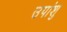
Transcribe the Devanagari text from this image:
उपांशु